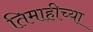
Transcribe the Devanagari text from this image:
तिमाहीच्या